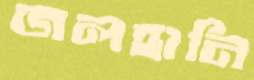
জলহানি